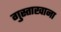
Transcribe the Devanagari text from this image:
गुस्ताखाना